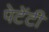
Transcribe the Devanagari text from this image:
पेटेंटी